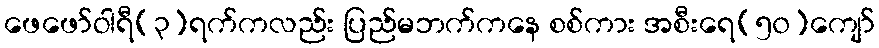
ဖေဖော်ဝါရီ(၃)ရက်ကလည်း ပြည်မဘက်ကနေ စစ်ကား အစီးရေ(၅၀)ကျော်